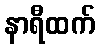
နာရီထက်